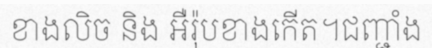
ខាងលិច និង អឺរ៉ុបខាងកើត។ជញ្ជាំង